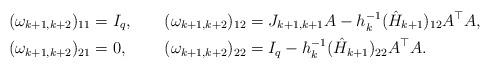
LaTeX: \begin{align*}(\omega_{k+1,k+2})_{11}&=I_q, & (\omega_{k+1,k+2})_{12}&=J_{k+1,k+1}A-h_{k}^{-1}(\hat{H}_{k+1})_{12}A^{\top}A, \\(\omega_{k+1,k+2})_{21}&=0, & (\omega_{k+1,k+2})_{22}&=I_q-h_{k}^{-1}(\hat{H}_{k+1})_{22}A^{\top}A.\end{align*}